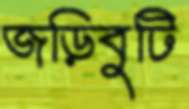
জড়িবুটি